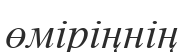
өміріңнің